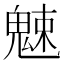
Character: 𩳒